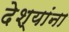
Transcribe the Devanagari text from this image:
देश्यांना